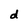
Character: d